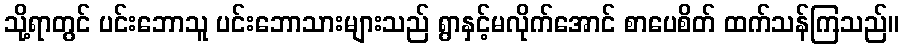
သို့ရာတွင် ပင်းဘောသူ ပင်းဘောသားများသည် ရွာနှင့်မလိုက်အောင် စာပေစိတ် ထက်သန်ကြသည်။